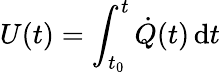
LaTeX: U(t)=\int_{t_{\mathrm{0}}}^{t}\dot{Q}(t)\, \mathrm{d}t